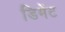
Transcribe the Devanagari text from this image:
डिमेंट